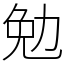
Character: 勉